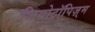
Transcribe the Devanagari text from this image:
जियोट्रॉपिज़्म